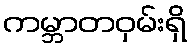
ကမ္ဘာတဝှမ်းရှိ